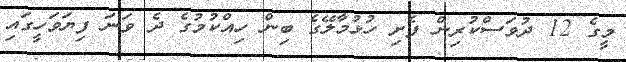
މީގެ 12 ދުވަސްކުރިން ފެށި ހުޅުމާލޭގެ ބިން ހިއްކުމުގެ ދެ ވަނަ ފިޔަވަހީގައި